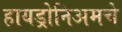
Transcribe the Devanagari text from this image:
हायड्रोनिअमचे